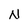
Character: N